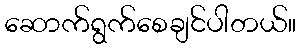
ဆောက်ရွက်စေချင်ပါတယ်။